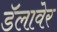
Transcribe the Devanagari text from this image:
डॅलावेर